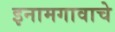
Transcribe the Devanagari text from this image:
इनामगावाचे